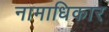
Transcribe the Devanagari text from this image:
नामाधिकार